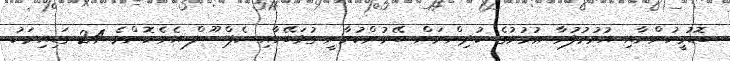
ބޮޑުމީހުންނާއި އުމުރުފުރާ ޢުމުރުގެ ކުދިންނަށް ބޭނުންކުރާނީ ގުޅަބޭހާއި ކެޕްސޫލް އެވެ.ކޮންމެ 24 ގަޑިއިރަކު